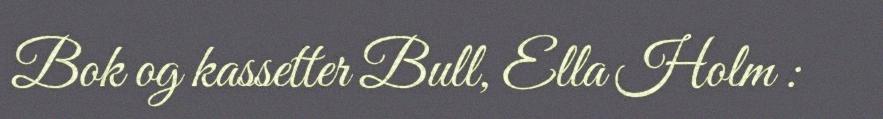
Bok og kassetter Bull, Ella Holm :